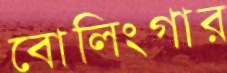
বোলিংগার